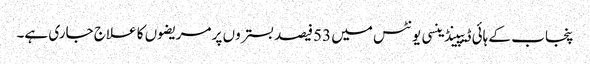
پنجاب کے ہائی ڈیپینڈینسی یونٹس میں 53فیصد بستروں پر مریضوں کا علاج جاری ہے۔